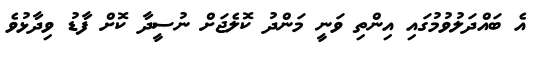
އެ ބައްދަލުވުމުގައި އިންތި ވަނީ މަންދު ކޮލެޖަށް ނުސީދާ ކޮށް ފާޑު ވިދާޅުވެ